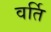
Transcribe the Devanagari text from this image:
वर्ति